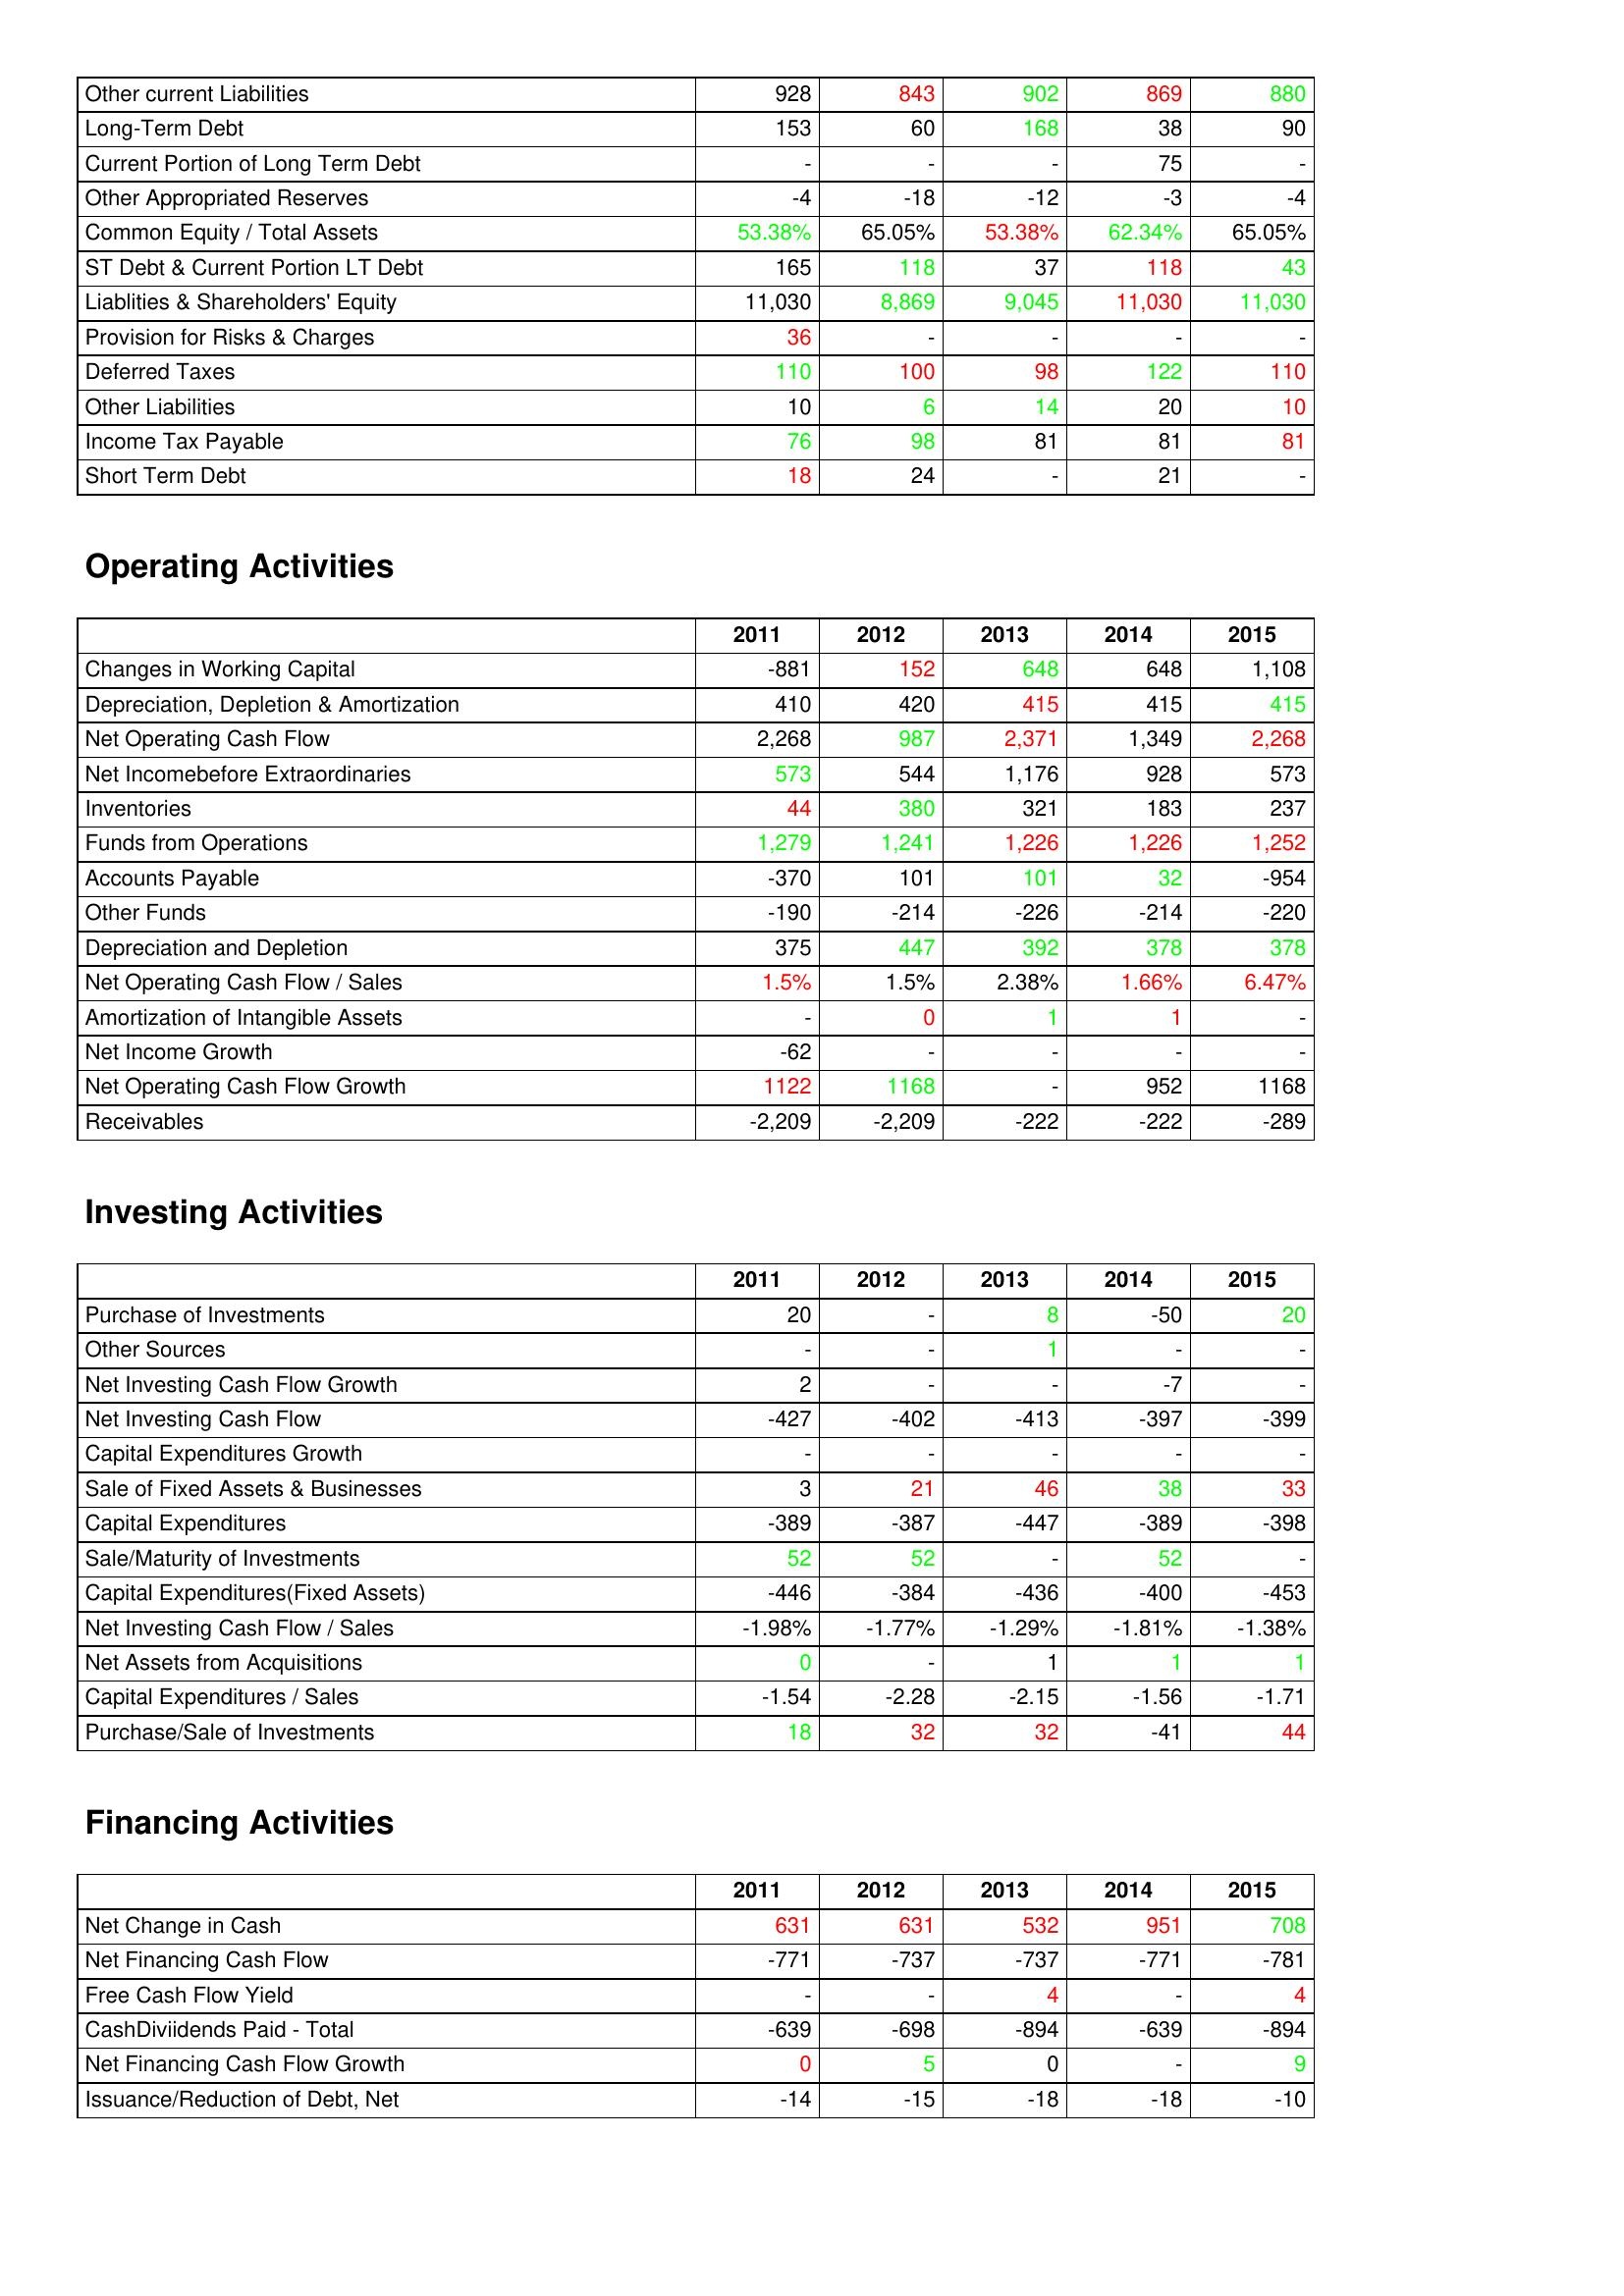
gt_parse: 2011: Liabilities & Shareholder's Equity: Other current Liabilities: 928
Long-Term Debt: 153
Current Portion of Long Term Debt: -
Other Appropriated Reserves: -4
Common Equity / Total Assets: 53.38%
ST Debt & Current Portion LT Debt: 165
Liablities & Shareholders' Equity: 11,030
Provision for Risks & Charges: 36
Deferred Taxes: 110
Other Liabilities: 10
Income Tax Payable: 76
Short Term Debt: 18
Operating Activities: Changes in Working Capital: -881
Depreciation, Depletion & Amortization: 410
Net Operating Cash Flow: 2,268
Net Incomebefore Extraordinaries: 573
Inventories: 44
Funds from Operations: 1,279
Accounts Payable: -370
Other Funds: -190
Depreciation and Depletion: 375
Net Operating Cash Flow / Sales: 1.5%
Amortization of Intangible Assets: -
Net Income Growth: -62
Net Operating Cash Flow Growth: 1122
Receivables: -2,209
Investing Activities: Purchase of Investments: 20
Other Sources: -
Net Investing Cash Flow Growth: 2
Net Investing Cash Flow: -427
Capital Expenditures Growth: -
Sale of Fixed Assets & Businesses: 3
Capital Expenditures: -389
Sale/Maturity of Investments: 52
Capital Expenditures(Fixed Assets): -446
Net Investing Cash Flow / Sales: -1.98%
Net Assets from Acquisitions: 0
Capital Expenditures / Sales: -1.54
Purchase/Sale of Investments: 18
Financing Activities: Net Change in Cash: 631
Net Financing Cash Flow: -771
Free Cash Flow Yield: -
CashDiviidends Paid - Total: -639
Net Financing Cash Flow Growth: 0
Issuance/Reduction of Debt, Net: -14
2012: Liabilities & Shareholder's Equity: Other current Liabilities: 843
Long-Term Debt: 60
Current Portion of Long Term Debt: -
Other Appropriated Reserves: -18
Common Equity / Total Assets: 65.05%
ST Debt & Current Portion LT Debt: 118
Liablities & Shareholders' Equity: 8,869
Provision for Risks & Charges: -
Deferred Taxes: 100
Other Liabilities: 6
Income Tax Payable: 98
Short Term Debt: 24
Operating Activities: Changes in Working Capital: 152
Depreciation, Depletion & Amortization: 420
Net Operating Cash Flow: 987
Net Incomebefore Extraordinaries: 544
Inventories: 380
Funds from Operations: 1,241
Accounts Payable: 101
Other Funds: -214
Depreciation and Depletion: 447
Net Operating Cash Flow / Sales: 1.5%
Amortization of Intangible Assets: 0
Net Income Growth: -
Net Operating Cash Flow Growth: 1168
Receivables: -2,209
Investing Activities: Purchase of Investments: -
Other Sources: -
Net Investing Cash Flow Growth: -
Net Investing Cash Flow: -402
Capital Expenditures Growth: -
Sale of Fixed Assets & Businesses: 21
Capital Expenditures: -387
Sale/Maturity of Investments: 52
Capital Expenditures(Fixed Assets): -384
Net Investing Cash Flow / Sales: -1.77%
Net Assets from Acquisitions: -
Capital Expenditures / Sales: -2.28
Purchase/Sale of Investments: 32
Financing Activities: Net Change in Cash: 631
Net Financing Cash Flow: -737
Free Cash Flow Yield: -
CashDiviidends Paid - Total: -698
Net Financing Cash Flow Growth: 5
Issuance/Reduction of Debt, Net: -15
2013: Liabilities & Shareholder's Equity: Other current Liabilities: 902
Long-Term Debt: 168
Current Portion of Long Term Debt: -
Other Appropriated Reserves: -12
Common Equity / Total Assets: 53.38%
ST Debt & Current Portion LT Debt: 37
Liablities & Shareholders' Equity: 9,045
Provision for Risks & Charges: -
Deferred Taxes: 98
Other Liabilities: 14
Income Tax Payable: 81
Short Term Debt: -
Operating Activities: Changes in Working Capital: 648
Depreciation, Depletion & Amortization: 415
Net Operating Cash Flow: 2,371
Net Incomebefore Extraordinaries: 1,176
Inventories: 321
Funds from Operations: 1,226
Accounts Payable: 101
Other Funds: -226
Depreciation and Depletion: 392
Net Operating Cash Flow / Sales: 2.38%
Amortization of Intangible Assets: 1
Net Income Growth: -
Net Operating Cash Flow Growth: -
Receivables: -222
Investing Activities: Purchase of Investments: 8
Other Sources: 1
Net Investing Cash Flow Growth: -
Net Investing Cash Flow: -413
Capital Expenditures Growth: -
Sale of Fixed Assets & Businesses: 46
Capital Expenditures: -447
Sale/Maturity of Investments: -
Capital Expenditures(Fixed Assets): -436
Net Investing Cash Flow / Sales: -1.29%
Net Assets from Acquisitions: 1
Capital Expenditures / Sales: -2.15
Purchase/Sale of Investments: 32
Financing Activities: Net Change in Cash: 532
Net Financing Cash Flow: -737
Free Cash Flow Yield: 4
CashDiviidends Paid - Total: -894
Net Financing Cash Flow Growth: 0
Issuance/Reduction of Debt, Net: -18
2014: Liabilities & Shareholder's Equity: Other current Liabilities: 869
Long-Term Debt: 38
Current Portion of Long Term Debt: 75
Other Appropriated Reserves: -3
Common Equity / Total Assets: 62.34%
ST Debt & Current Portion LT Debt: 118
Liablities & Shareholders' Equity: 11,030
Provision for Risks & Charges: -
Deferred Taxes: 122
Other Liabilities: 20
Income Tax Payable: 81
Short Term Debt: 21
Operating Activities: Changes in Working Capital: 648
Depreciation, Depletion & Amortization: 415
Net Operating Cash Flow: 1,349
Net Incomebefore Extraordinaries: 928
Inventories: 183
Funds from Operations: 1,226
Accounts Payable: 32
Other Funds: -214
Depreciation and Depletion: 378
Net Operating Cash Flow / Sales: 1.66%
Amortization of Intangible Assets: 1
Net Income Growth: -
Net Operating Cash Flow Growth: 952
Receivables: -222
Investing Activities: Purchase of Investments: -50
Other Sources: -
Net Investing Cash Flow Growth: -7
Net Investing Cash Flow: -397
Capital Expenditures Growth: -
Sale of Fixed Assets & Businesses: 38
Capital Expenditures: -389
Sale/Maturity of Investments: 52
Capital Expenditures(Fixed Assets): -400
Net Investing Cash Flow / Sales: -1.81%
Net Assets from Acquisitions: 1
Capital Expenditures / Sales: -1.56
Purchase/Sale of Investments: -41
Financing Activities: Net Change in Cash: 951
Net Financing Cash Flow: -771
Free Cash Flow Yield: -
CashDiviidends Paid - Total: -639
Net Financing Cash Flow Growth: -
Issuance/Reduction of Debt, Net: -18
2015: Liabilities & Shareholder's Equity: Other current Liabilities: 880
Long-Term Debt: 90
Current Portion of Long Term Debt: -
Other Appropriated Reserves: -4
Common Equity / Total Assets: 65.05%
ST Debt & Current Portion LT Debt: 43
Liablities & Shareholders' Equity: 11,030
Provision for Risks & Charges: -
Deferred Taxes: 110
Other Liabilities: 10
Income Tax Payable: 81
Short Term Debt: -
Operating Activities: Changes in Working Capital: 1,108
Depreciation, Depletion & Amortization: 415
Net Operating Cash Flow: 2,268
Net Incomebefore Extraordinaries: 573
Inventories: 237
Funds from Operations: 1,252
Accounts Payable: -954
Other Funds: -220
Depreciation and Depletion: 378
Net Operating Cash Flow / Sales: 6.47%
Amortization of Intangible Assets: -
Net Income Growth: -
Net Operating Cash Flow Growth: 1168
Receivables: -289
Investing Activities: Purchase of Investments: 20
Other Sources: -
Net Investing Cash Flow Growth: -
Net Investing Cash Flow: -399
Capital Expenditures Growth: -
Sale of Fixed Assets & Businesses: 33
Capital Expenditures: -398
Sale/Maturity of Investments: -
Capital Expenditures(Fixed Assets): -453
Net Investing Cash Flow / Sales: -1.38%
Net Assets from Acquisitions: 1
Capital Expenditures / Sales: -1.71
Purchase/Sale of Investments: 44
Financing Activities: Net Change in Cash: 708
Net Financing Cash Flow: -781
Free Cash Flow Yield: 4
CashDiviidends Paid - Total: -894
Net Financing Cash Flow Growth: 9
Issuance/Reduction of Debt, Net: -10